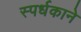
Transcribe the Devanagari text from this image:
स्पर्धकाने